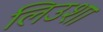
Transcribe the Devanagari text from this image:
लिउशा